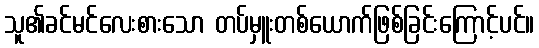
သူ၏ခင်မင်လေးစားသော တပ်မှူးတစ်ယောက်ဖြစ်ခြင်းကြောင့်ပင်။